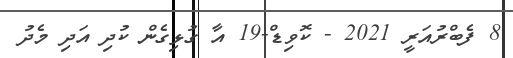
8 ފެބްރުއަރީ 2021 - ކޮވިޑް-19 އާ ގުޅިގެން ކުދި އަދި މެދު